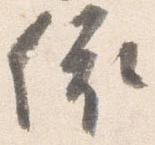
依